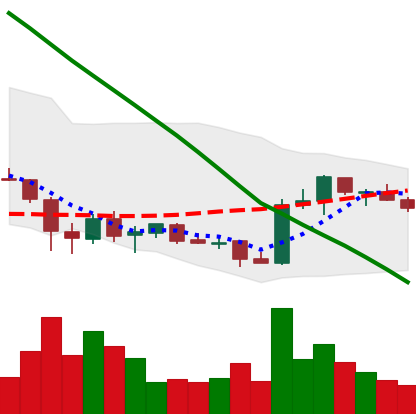
Ticker: ADA-USD
Chart end date: 2019-02-14
Forward return: 13.858%
Label: up_7plus